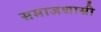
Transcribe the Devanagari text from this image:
समाजशास्री